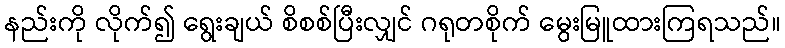
နည်းကို လိုက်၍ ရွေးချယ် စိစစ်ပြီးလျှင် ဂရုတစိုက် မွေးမြူထားကြရသည်။